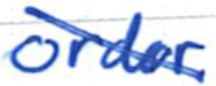
Text: order
Cross-out: mix
Writing tool: ballpoint